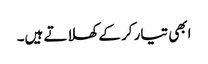
ابھی تیار کر کے کھلاتے ہیں۔